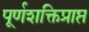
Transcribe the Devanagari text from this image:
पूर्णशक्तिप्राप्त